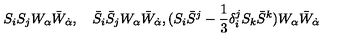
S _ { i } S _ { j } W _ { \alpha } \bar { W } _ { \dot { \alpha } } , \quad \bar { S } _ { i } \bar { S } _ { j } W _ { \alpha } \bar { W } _ { \dot { \alpha } } , ( S _ { i } \bar { S } ^ { j } - { \frac { 1 } { 3 } } \delta _ { i } ^ { j } S _ { k } \bar { S } ^ { k } ) W _ { \alpha } \bar { W } _ { \dot { \alpha } }